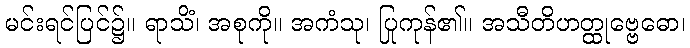
မင်းရင်ပြင်၌။ ရာသိံ၊ အစုကို။ အကံသု၊ ပြုကုန်၏။ အသီတိဟတ္ထုဗ္ဗေဓော၊